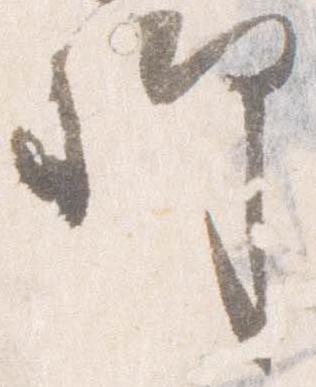
卿